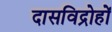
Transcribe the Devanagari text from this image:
दासविद्रोहों